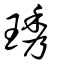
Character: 琇